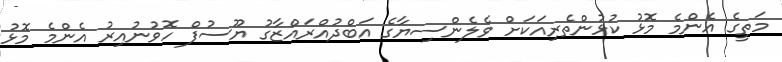
މަތީގެ އެންމެ މޮޅު ކުޅުންތެރިއަކަށް ވެލެންސިޔާގެ އަބްދުއްރައްޒާގު ޔޫސުފް ހޮވުނުއިރު އެންމެ މޮޅު